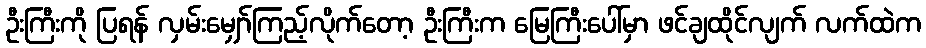
ဦးကြီးကို ပြရန် လှမ်းမျှော်ကြည့်လိုက်တော့ ဦးကြီးက မြေကြီးပေါ်မှာ ဖင်ချထိုင်လျက် လက်ထဲက